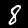
Label: 8